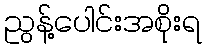
ညွန့်ပေါင်းအစိုးရ